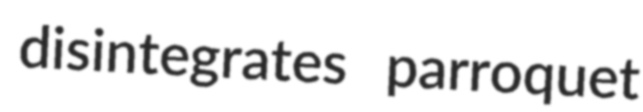
disintegrates parroquet